Indian journal of veterinary science and animal husbandry - Volume 10,
Year: 1940
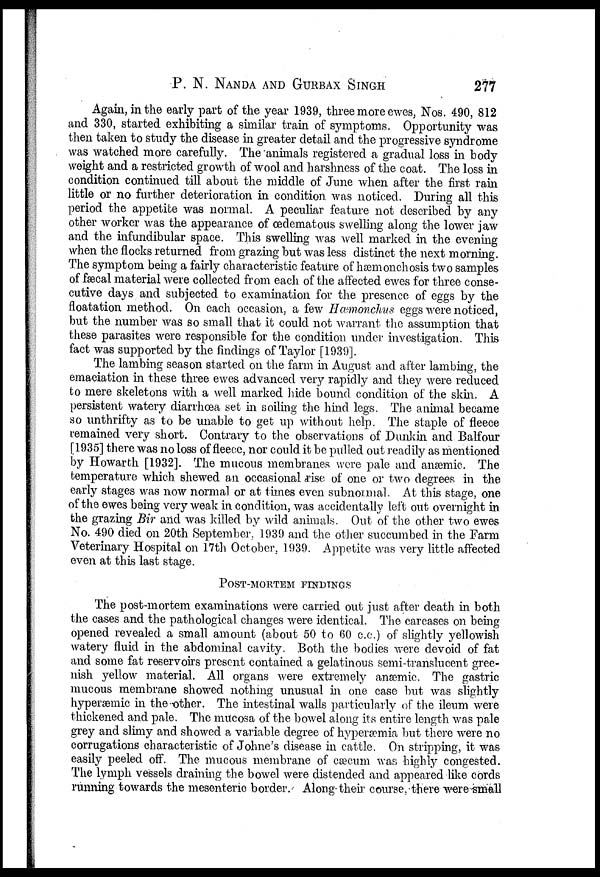
P. N. NANDA AND GURBAX SINGH 277
Again, in the early part of the year 1939, three more ewes, Nos. 490, 812
and 330, started exhibiting a similar train of symptoms. Opportunity was
then taken to study the disease in greater detail and the progressive syndrome
was watched more carefully. The animals registered a gradual loss in body
weight and a restricted growth of wool and harshness of the coat. The loss in
condition continued till about the middle of June when after the first rain
little or no further deterioration in condition was noticed. During all this
period the appetite was normal. A peculiar feature not described by any
other worker was the appearance of œdematous swelling along the lower jaw
and the infundibular space. This swelling was well marked in the evening
when the flocks returned from grazing but was less distinct the next morning.
The symptom being a fairly characteristic feature of hæmonchosis two samples
of fæcal material were collected from each of the affected ewes for three conse-
cutive days and subjected to examination for the presence of eggs by the
floatation method. On each occasion, a few Hæmonchus eggs were noticed,
but the number was so small that it could not warrant the assumption that
these parasites were responsible for the condition under investigation. This
fact was supported by the findings of Taylor [1939].
The lambing season started on the farm in August and after lambing, the
emaciation in these three ewes advanced very rapidly and they were reduced
to mere skeletons with a well marked hide bound condition of the skin. A
persistent watery diarrhœa set in soiling the hind legs. The animal became
so unthrifty as to be unable to get up without help. The staple of fleece
remained very short. Contrary to the observations of Dunkin and Balfour
[1935] there was no loss of fleece, nor could it be pulled out readily as mentioned
by Howarth [1932]. The mucous membranes were pale and anæmic. The
temperature which shewed an occasional rise of one or two degrees in the
early stages was now normal or at times even subnormal. At this stage, one
of the ewes being very weak in condition, was accidentally left out overnight in
the grazing Bir and was killed by wild animals. Out of the other two ewes
No. 490 died on 20th September, 1939 and the other succumbed in the Farm
Veterinary Hospital on 17th October, 1939. Appetite was very little affected
even at this last stage.
POST-MORTEM FINDINGS
The post-mortem examinations were carried out just after death in both
the cases and the pathological changes were identical. The carcases on being
opened revealed a small amount (about 50 to 60 c.c.) of slightly yellowish
watery fluid in the abdominal cavity. Both the bodies were devoid of fat
and some fat reservoirs present contained a gelatinous semi-translucent gree-
nish yellow material. All organs were extremely anæmic. The gastric
mucous membrane showed nothing unusual in one case but was slightly
hyperæmic in the other. The intestinal walls particularly of the ileum were
thickened and pale. The mucosa of the bowel along its entire length was pale
grey and slimy and showed a variable degree of hyperæmia but there were no
corrugations characteristic of Johne's disease in cattle. On stripping, it was
easily peeled off. The mucous membrane of cæcum was highly congested.
The lymph vessels draining the bowel were distended and appeared like cords
running towards the mesenteric border. Along their course, there were small